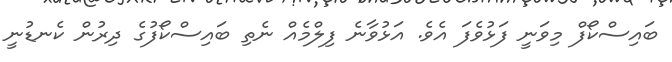
ބައިސްކޯފް މިވަނީ ފަޅުވެފަ އެވެ. އަޅުވާނެ ފިލްމެއް ނެތި ބައިސްކޯފުގެ ދިރުން ކެނޑުނީ